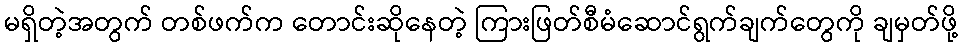
မရှိတဲ့အတွက် တစ်ဖက်က တောင်းဆိုနေတဲ့ ကြားဖြတ်စီမံဆောင်ရွက်ချက်တွေကို ချမှတ်ဖို့